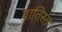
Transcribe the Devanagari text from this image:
बातिस्त